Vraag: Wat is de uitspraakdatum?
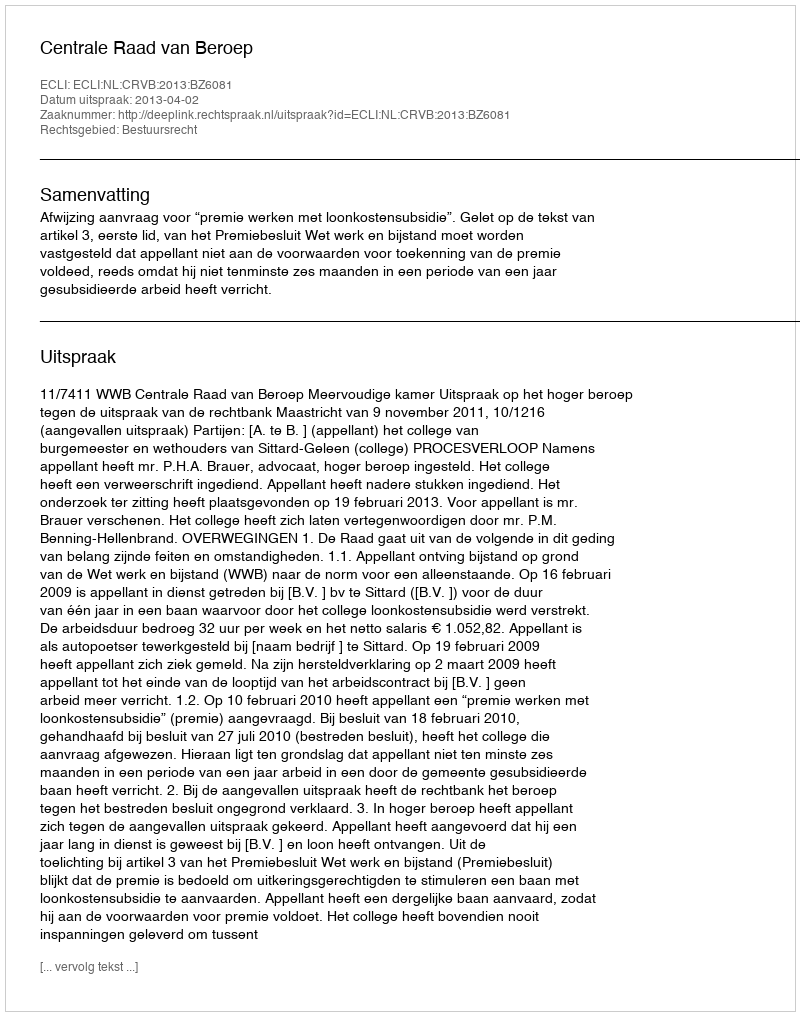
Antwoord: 2013-04-02